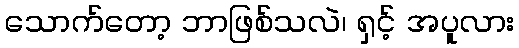
သောက်တော့ ဘာဖြစ်သလဲ၊ ရှင့် အပူလား